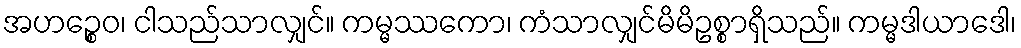
အဟဉ္စေဝ၊ ငါသည်သာလျှင်။ ကမ္မဿကော၊ ကံသာလျှင်မိမိဥစ္စာရှိသည်။ ကမ္မဒါယာဒေါ၊